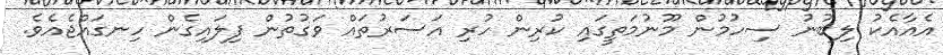
އެއާއެކު ލިބުނު ސިހުމުން މޫނުމަތީގައި ކުރިން ހުރި އަސަރުތައް ވަގުތުން ފިލައިގެން ހިނގައްޖެއެވެ.